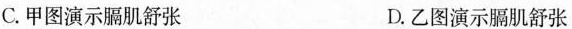
C. 甲图演示膈肌舒张 D. 乙图演示膈肌舒张